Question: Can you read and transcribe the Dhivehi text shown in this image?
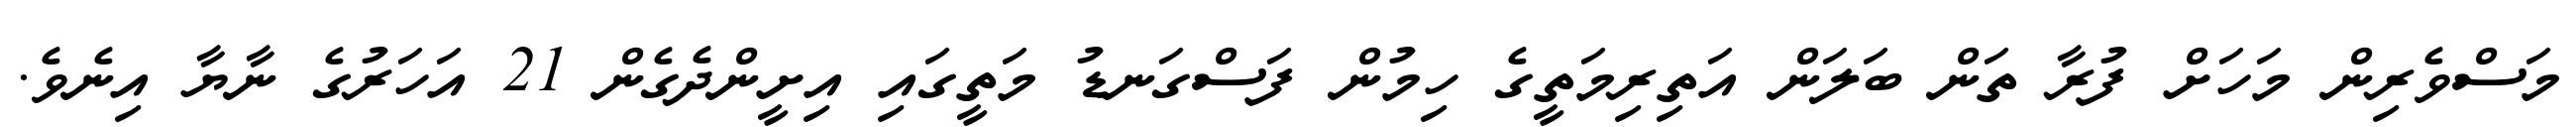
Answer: މަސްވެރިން މަހަށް ފުރާ ތަން ބަލަން އަތިރިމަތީގެ ހިމުން ފަސްގަނޑު މަތީގައި އިށީންދެގެން 21 އަހަރުގެ ނާޔާ އިނެވެ.